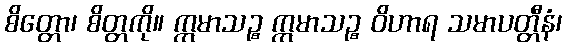
စိတ္တော၊ စိတ္တကို။ ဣမာသဉ္စ ဣမာသဉ္စ ဝိဟာရ သမာပတ္တီနံ၊